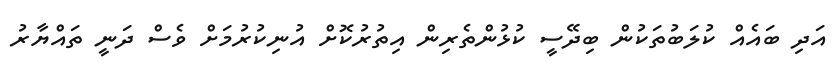
އަދި ބައެއް ކުލަބުތަކުން ބިދޭސީ ކުޅުންތެރިން އިތުރުކޮށް އުނިކުރުމަށް ވެސް ދަނީ ތައްޔާރު